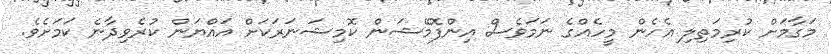
މަގާމަށް ކުރިމަތިލި އެހެން މީހެއްގެ ނަމަވެސް އިންފޮމޭޝަން ކޮމިޝަނަރަކަށް އައްޔަން ކުރެވިދާނެ ކަމަށެވެ.